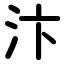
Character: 汴